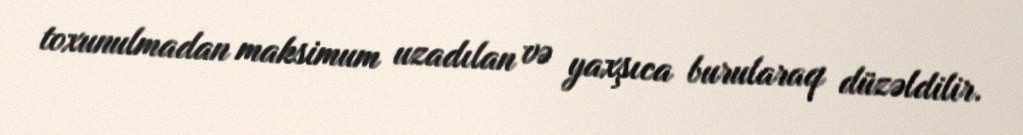
toxunulmadan maksimum uzadılan və yaxşıca burularaq düzəldilir.